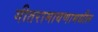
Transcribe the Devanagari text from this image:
गीतरामायणामधील